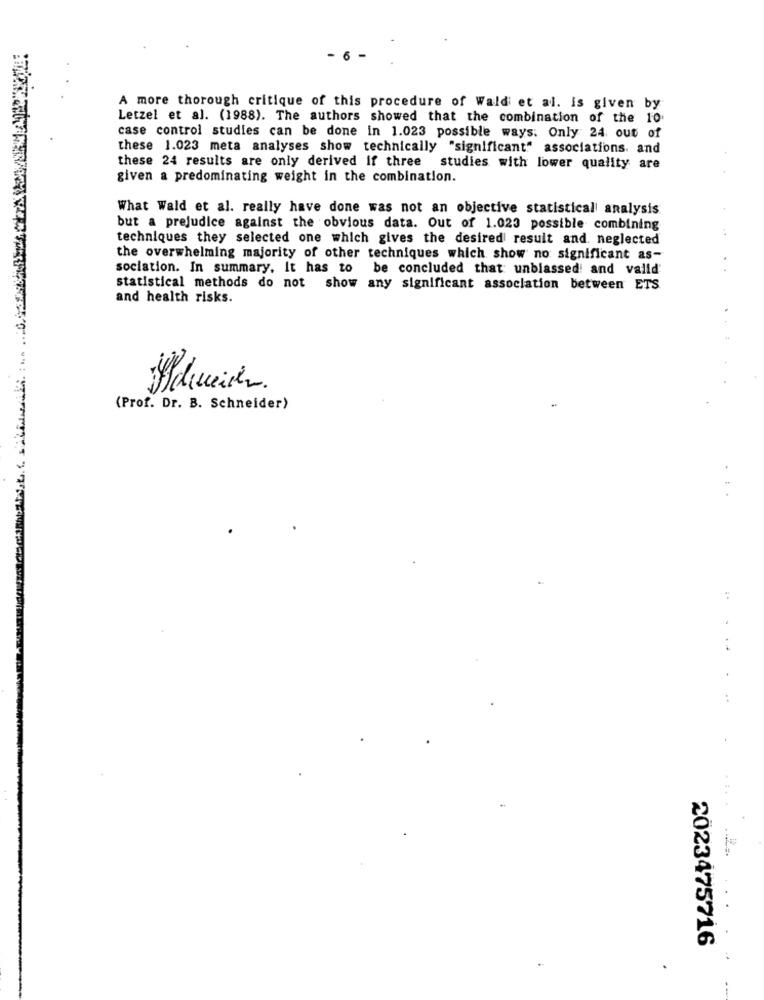
6
A more thorough critique of this procedure of Wald et al. is given by
Letzel et al. (1988). The authors showed that the combination of the 10
case control studies can be done in 1.023 possible ways. Only 24 out of
these 1.023 meta analyses show technically "significant" associations. and
these 24 results are only derived if three
studies with lower quality are
given a predominating weight in the combination.
What Wald et al. really have done was not an objective statistical analysis
but a prejudice against the obvious data. Out of 1.023 possible combining
techniques they selected one which gives the desired result and. neglected
the overwhelming majority of other techniques which show no significant as-
sociation. In summary. It has to be concluded that unbiassed! and valld
statistical methods do not show any significant association between ETS
and health risks.
Schneider.
(Prof. Dr. B. Schneider)
.. .
2023475716
.